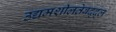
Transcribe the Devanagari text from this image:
उद्यमशीलतेबद्द्ल